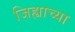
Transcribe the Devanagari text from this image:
जिह्याच्‍या